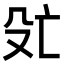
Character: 𬆞